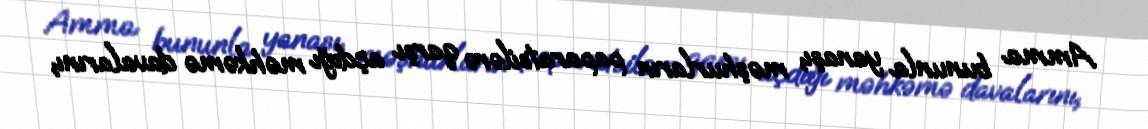
Amma bununla yanaşı, məşhurların paparatsilərə qarşı açdığı məhkəmə davalarını,